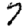
Digit: 7